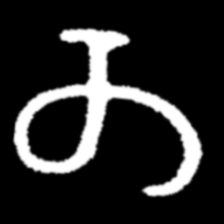
Pyu character \u2014 Myanmar letter: တ (romanized: ta)